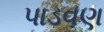
પાડવણ